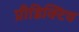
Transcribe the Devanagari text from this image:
प्रीडिक्टिव